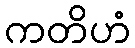
ကတိဟံ